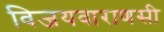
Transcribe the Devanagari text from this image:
विजयवाराणसी